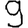
Digit: 9